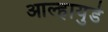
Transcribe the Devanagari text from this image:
आल्हायुडे